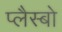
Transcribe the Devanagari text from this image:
प्लैस्बो